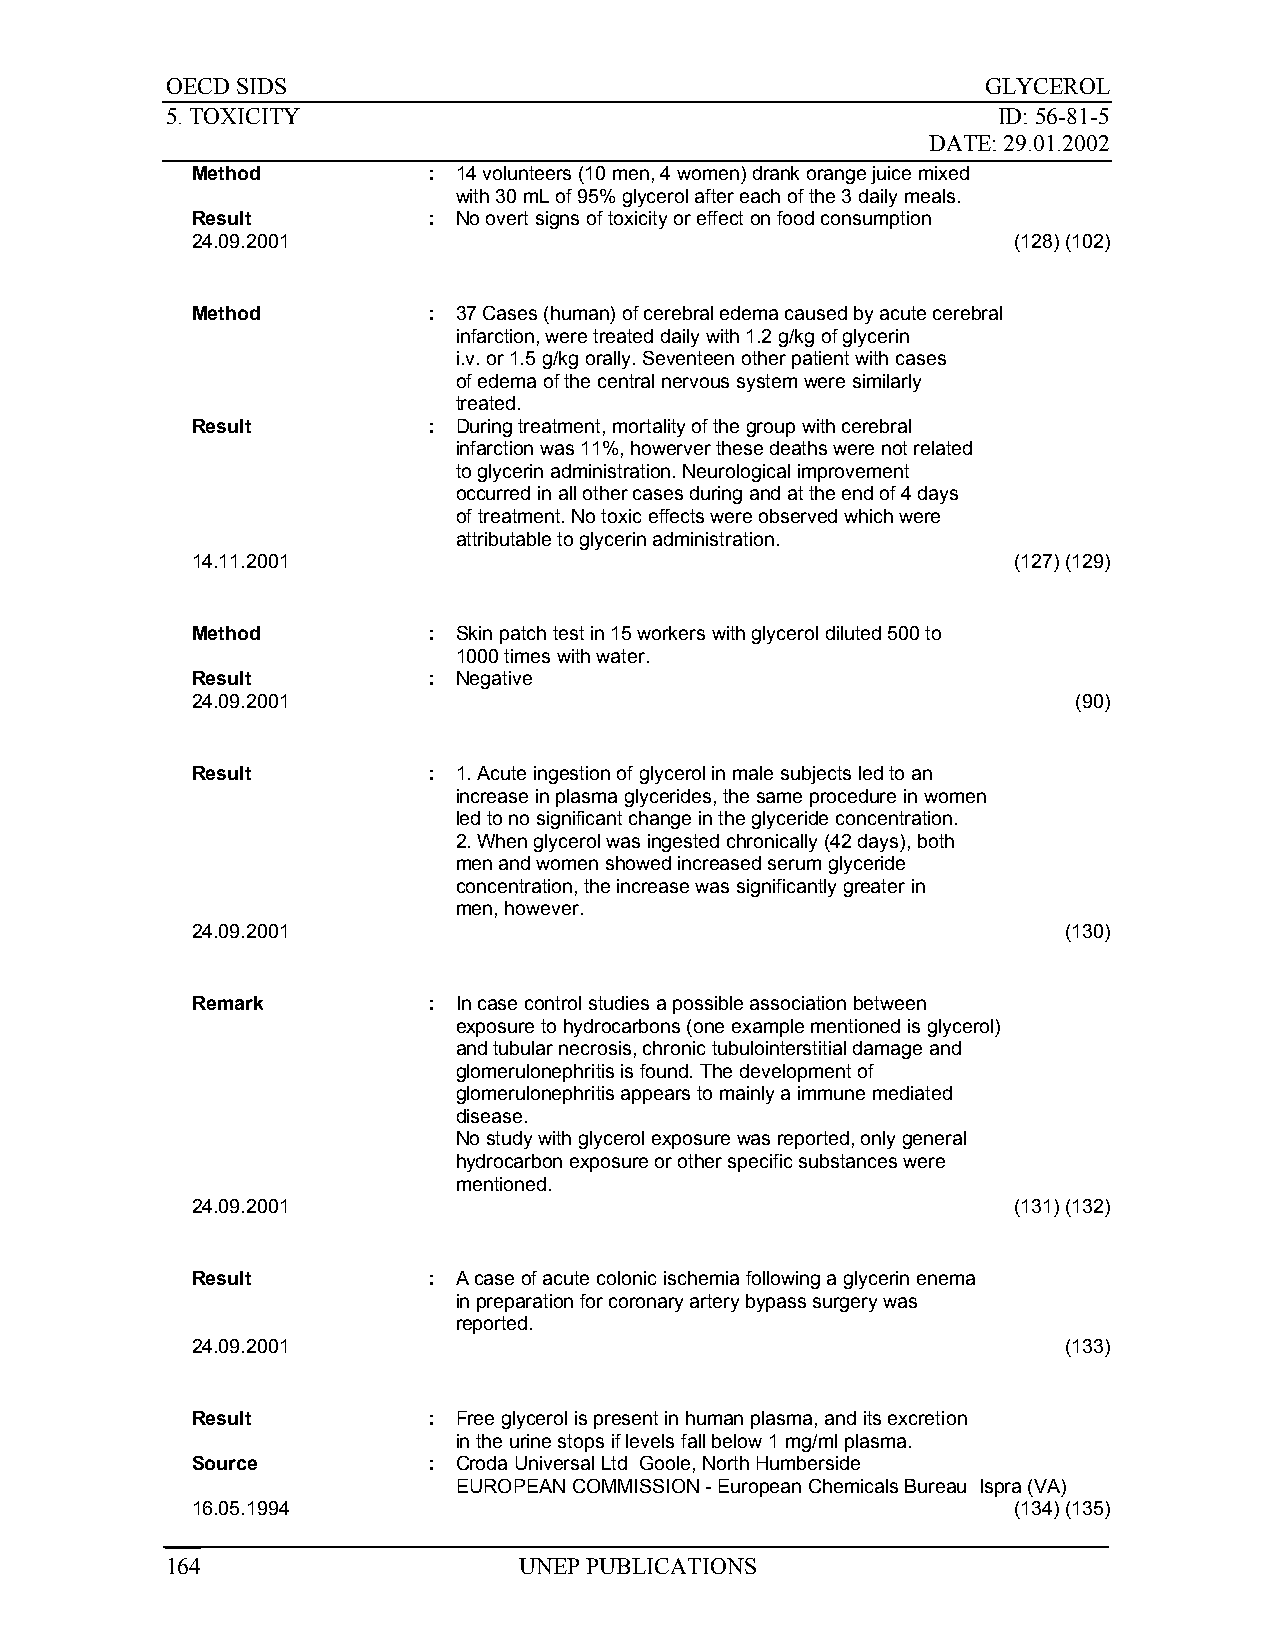
OECD SIDS                                             GLYCEROL
 5. TOXICITY                                            ID: 56-81-5
 DATE: 29.01.2002
 Method         : 14 volunteers (10 men, 4 women) drank orange juice mixed
 with 30 mL of 95% glycerol after each of the 3 daily meals.
 Result         : No overt signs of toxicity or effect on food consumption
 24.09.2001                                            (128) (102)
 Method         : 37 Cases (human) of cerebral edema caused by acute cerebral
 infarction, were treated daily with 1.2 g/kg of glycerin
 i.v. or 1.5 g/kg orally. Seventeen other patient with cases
 of edema of the central nervous system were similarly
 treated.
 Result         : During treatment, mortality of the group with cerebral
 infarction was 11%, howerver these deaths were not related
 to glycerin administration. Neurological improvement
 occurred in all other cases during and at the end of 4 days
 of treatment. No toxic effects were observed which were
 attributable to glycerin administration.
 14.11.2001                                            (127) (129)
 Method         : Skin patch test in 15 workers with glycerol diluted 500 to
 1000 times with water.
 Result         : Negative
 24.09.2001                                                (90)
 Result         : 1. Acute ingestion of glycerol in male subjects led to an
 increase in plasma glycerides, the same procedure in women
 led to no significant change in the glyceride concentration.
 2. When glycerol was ingested chronically (42 days), both
 men and women showed increased serum glyceride
 concentration, the increase was significantly greater in
 men, however.
 24.09.2001                                               (130)
 Remark         : In case control studies a possible association between
 exposure to hydrocarbons (one example mentioned is glycerol)
 and tubular necrosis, chronic tubulointerstitial damage and
 glomerulonephritis is found. The development of
 glomerulonephritis appears to mainly a immune mediated
 disease.
 No study with glycerol exposure was reported, only general
 hydrocarbon exposure or other specific substances were
 mentioned.
 24.09.2001                                            (131) (132)
 Result         : A case of acute colonic ischemia following a glycerin enema
 in preparation for coronary artery bypass surgery was
 reported.
 24.09.2001                                               (133)
 Result         : Free glycerol is present in human plasma, and its excretion
 in the urine stops if levels fall below 1 mg/ml plasma.
 Source         : Croda Universal Ltd Goole, North Humberside
 EUROPEAN COMMISSION - European Chemicals Bureau Ispra (VA)
 16.05.1994                                            (134) (135)
 164                    UNEP PUBLICATIONS